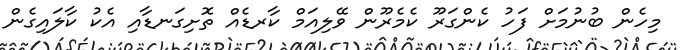
މިހެން ބުނުމަށް ފަހު ކެންގަރޫ ކެމެރޫން ވޭލިއަމް ކާރޑެއް ތޮށިގަނޑާއި އެކު ކާލައިގެން